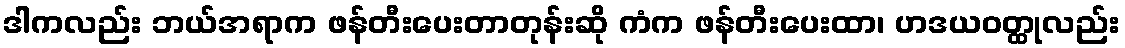
ဒါကလည်း ဘယ်အရာက ဖန်တီးပေးတာတုန်းဆို ကံက ဖန်တီးပေးထာ၊ ဟဒယဝတ္ထုလည်း